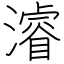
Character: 濬